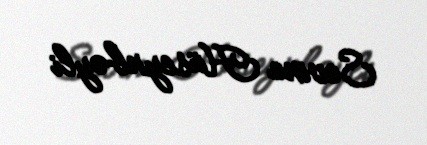
Sevinc Hüseynbəyli